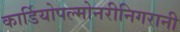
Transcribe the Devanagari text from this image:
कार्डियोपल्मोनरीनिगरानी